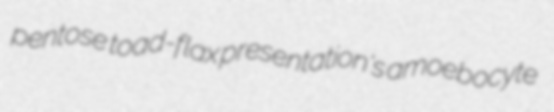
pentose toad-flax presentation's amoebocyte